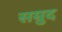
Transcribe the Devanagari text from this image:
सम्रुद